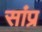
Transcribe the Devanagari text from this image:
सांप्र